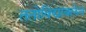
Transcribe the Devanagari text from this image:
ततोविद्याबलेन